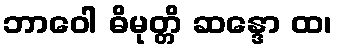
ဘာဝေါ ဓိမုတ္တိ ဆန္ဒော ထ၊